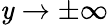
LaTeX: \mathit{y}\rightarrow\pm\infty